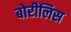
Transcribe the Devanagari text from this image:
बोरीलिस